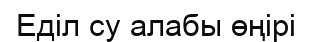
Еділ су алабы өңірі